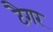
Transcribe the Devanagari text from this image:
टैगर